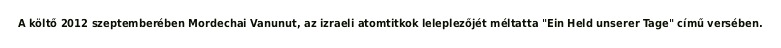
A költő 2012 szeptemberében Mordechai Vanunut, az izraeli atomtitkok leleplezőjét méltatta "Ein Held unserer Tage" című versében.